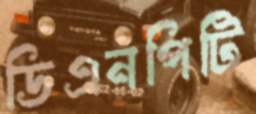
ডিএনপিটি